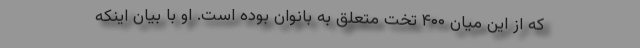
که از این میان ۴۰۰ تخت متعلق به بانوان بوده است. او با بیان اینکه